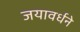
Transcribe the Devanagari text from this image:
जयावर्धने